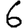
Digit: 6